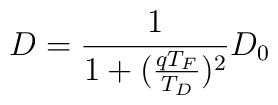
D = \frac{1}{1 + (\frac{qT_F}{T_D})^2} D_0